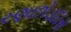
રણછોડદાસ